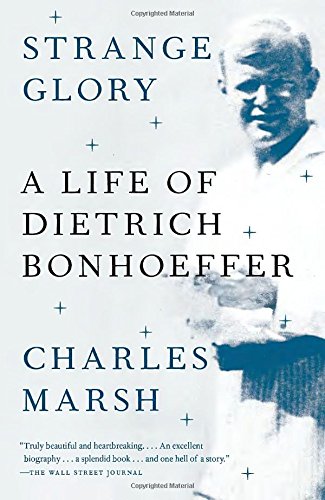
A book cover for Strange Glory: A Life of Dietrich Bonhoeffer; Charles Marsh; Biographies & Memoirs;